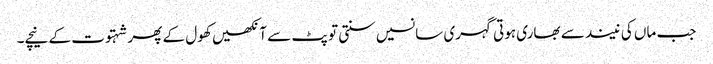
جب ماں کی نیند سے بھاری ہوتی گہری سانسیں سنتی تو پٹ سے آنکھیں کھول کے پھر شہتوت کے نیچے۔